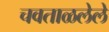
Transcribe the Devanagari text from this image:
चवताळलेले